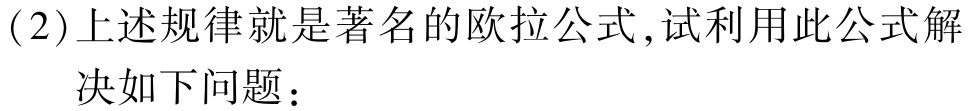
(2)上述规律就是著名的欧拉公式,试利用此公式解

    决如下问题：